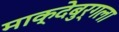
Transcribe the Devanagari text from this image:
माक्देबुर्गला